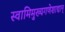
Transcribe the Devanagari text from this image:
स्वामिमुख्यगणेशाद्यान्